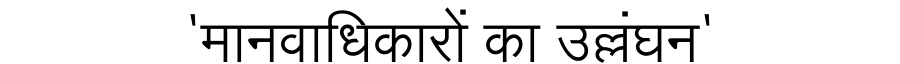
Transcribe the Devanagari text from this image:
'मानवाधिकारों का उल्लंघन'